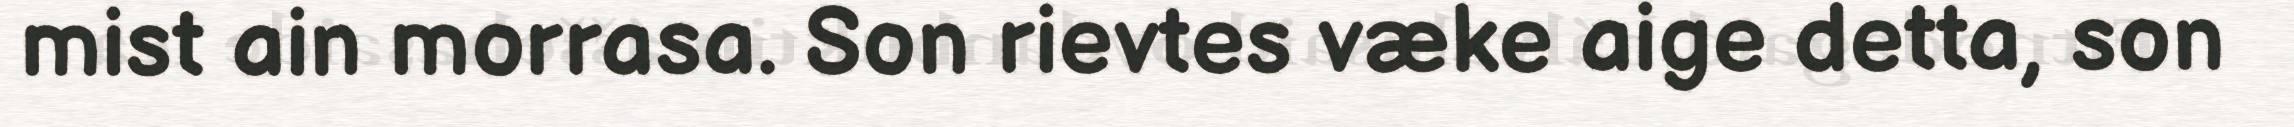
mist ain morrasa. Son rievtes væke aige detta, son